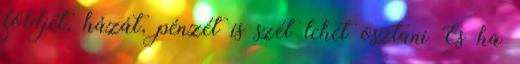
földjét, házát, pénzét is szét lehet osztani És ha